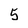
Character: 5